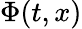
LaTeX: \Phi(t,x)